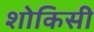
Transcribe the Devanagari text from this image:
शोकिसी